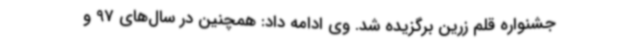
جشنواره قلم زرین برگزیده شد. وی ادامه داد: همچنین در سال‌های 97 و